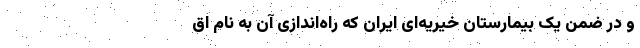
و در ضمن یک بیمارستان خیریه‌‌ایِ ایران که راه‌اندازی آن به نام اق